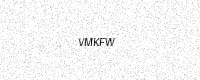
Text: VMKFW